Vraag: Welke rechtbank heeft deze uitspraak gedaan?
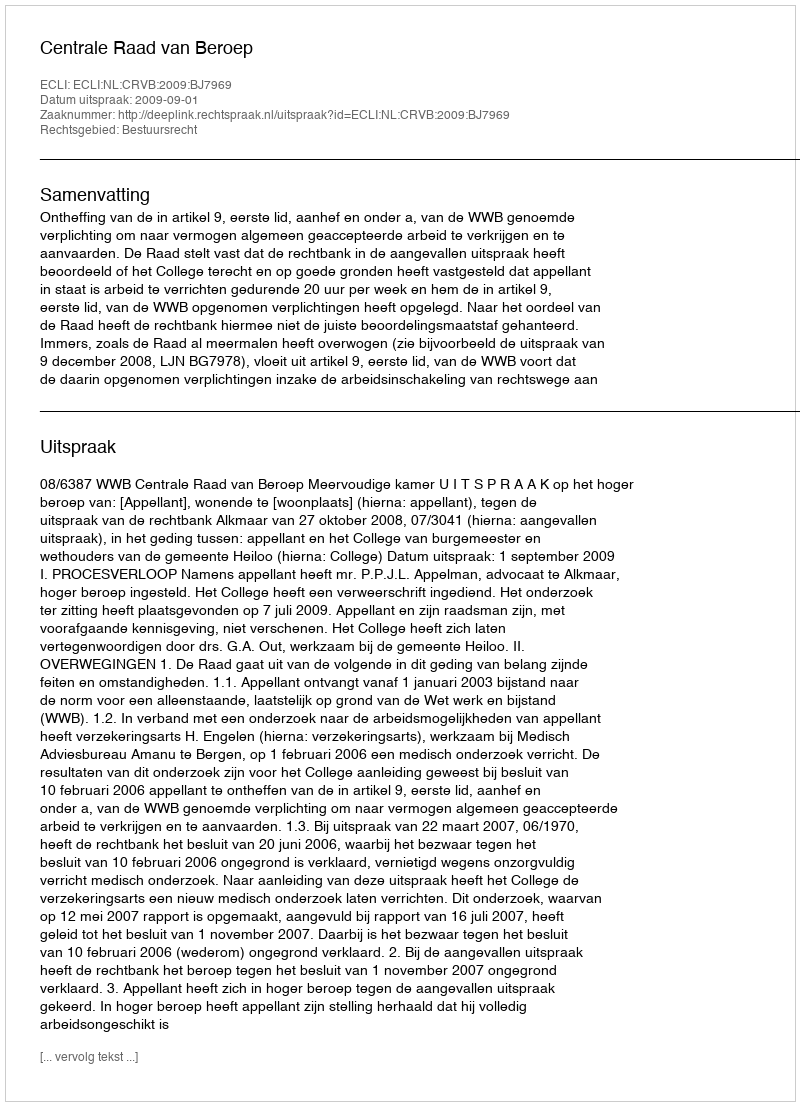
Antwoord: Centrale Raad van Beroep